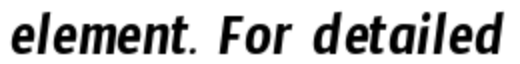
element. For detailed